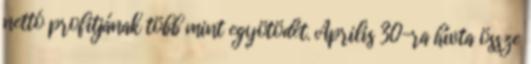
nettó profitjának több mint egyötödét. Április 30-ra hívta össze